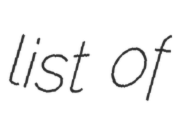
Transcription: list of